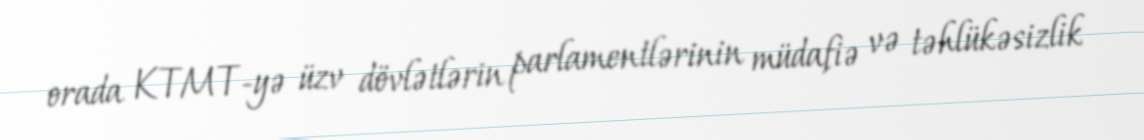
orada KTMT-yə üzv dövlətlərin parlamentlərinin müdafiə və təhlükəsizlik